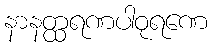
နာနတ္ထရဏပါဝုရဏေ